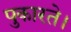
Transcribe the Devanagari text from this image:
पुकारते।